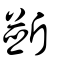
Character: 斲